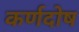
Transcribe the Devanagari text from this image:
कर्णदोष